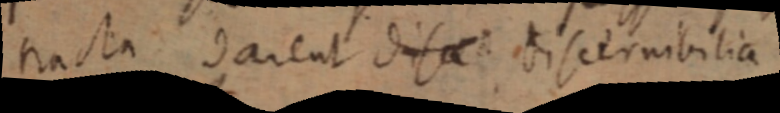
nacta darent disae discernibilia